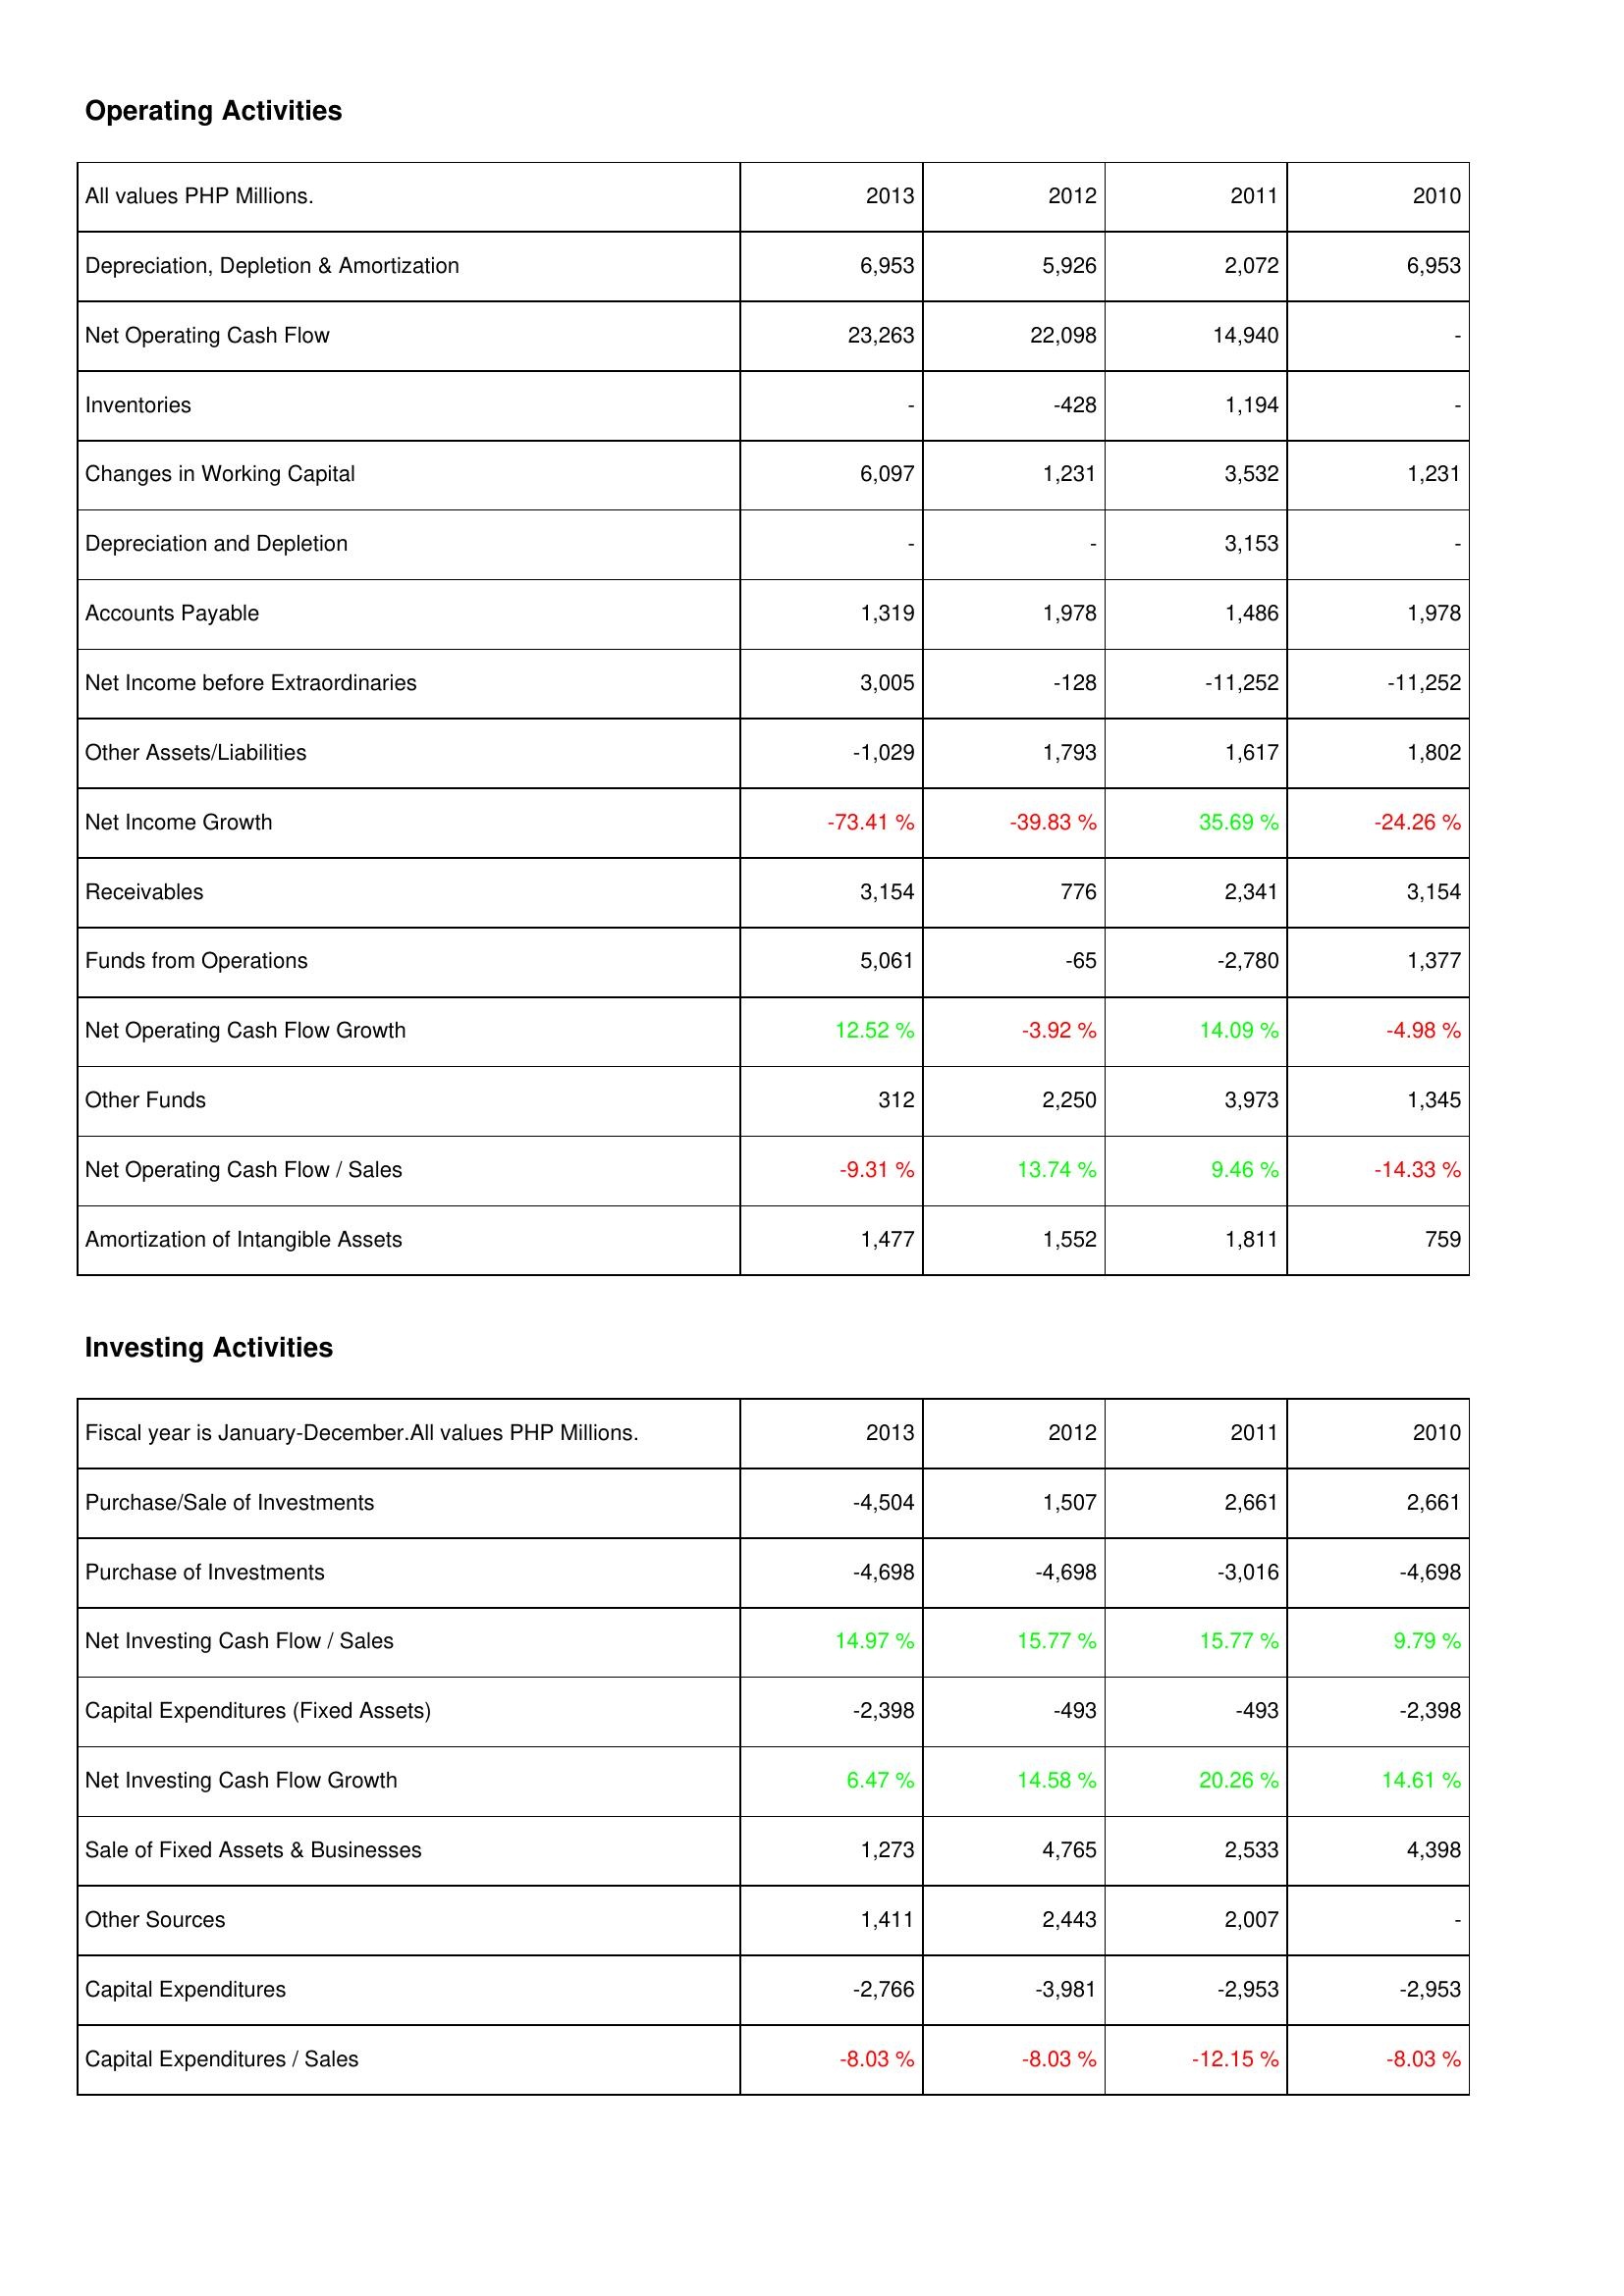
2013: Operating Activities: Depreciation, Depletion & Amortization: 6,953
Net Operating Cash Flow: 23,263
Inventories: -
Changes in Working Capital: 6,097
Depreciation and Depletion: -
Accounts Payable: 1,319
Net Income before Extraordinaries: 3,005
Other Assets/Liabilities: -1,029
Net Income Growth: -73.41 %
Receivables: 3,154
Funds from Operations: 5,061
Net Operating Cash Flow Growth: 12.52 %
Other Funds: 312
Net Operating Cash Flow / Sales: -9.31 %
Amortization of Intangible Assets: 1,477
Investing Activities: Purchase/Sale of Investments: -4,504
Purchase of Investments: -4,698
Net Investing Cash Flow / Sales: 14.97 %
Capital Expenditures (Fixed Assets): -2,398
Net Investing Cash Flow Growth: 6.47 %
Sale of Fixed Assets & Businesses: 1,273
Other Sources: 1,411
Capital Expenditures: -2,766
Capital Expenditures / Sales: -8.03 %
2012: Operating Activities: Depreciation, Depletion & Amortization: 5,926
Net Operating Cash Flow: 22,098
Inventories: -428
Changes in Working Capital: 1,231
Depreciation and Depletion: -
Accounts Payable: 1,978
Net Income before Extraordinaries: -128
Other Assets/Liabilities: 1,793
Net Income Growth: -39.83 %
Receivables: 776
Funds from Operations: -65
Net Operating Cash Flow Growth: -3.92 %
Other Funds: 2,250
Net Operating Cash Flow / Sales: 13.74 %
Amortization of Intangible Assets: 1,552
Investing Activities: Purchase/Sale of Investments: 1,507
Purchase of Investments: -4,698
Net Investing Cash Flow / Sales: 15.77 %
Capital Expenditures (Fixed Assets): -493
Net Investing Cash Flow Growth: 14.58 %
Sale of Fixed Assets & Businesses: 4,765
Other Sources: 2,443
Capital Expenditures: -3,981
Capital Expenditures / Sales: -8.03 %
2011: Operating Activities: Depreciation, Depletion & Amortization: 2,072
Net Operating Cash Flow: 14,940
Inventories: 1,194
Changes in Working Capital: 3,532
Depreciation and Depletion: 3,153
Accounts Payable: 1,486
Net Income before Extraordinaries: -11,252
Other Assets/Liabilities: 1,617
Net Income Growth: 35.69 %
Receivables: 2,341
Funds from Operations: -2,780
Net Operating Cash Flow Growth: 14.09 %
Other Funds: 3,973
Net Operating Cash Flow / Sales: 9.46 %
Amortization of Intangible Assets: 1,811
Investing Activities: Purchase/Sale of Investments: 2,661
Purchase of Investments: -3,016
Net Investing Cash Flow / Sales: 15.77 %
Capital Expenditures (Fixed Assets): -493
Net Investing Cash Flow Growth: 20.26 %
Sale of Fixed Assets & Businesses: 2,533
Other Sources: 2,007
Capital Expenditures: -2,953
Capital Expenditures / Sales: -12.15 %
2010: Operating Activities: Depreciation, Depletion & Amortization: 6,953
Net Operating Cash Flow: -
Inventories: -
Changes in Working Capital: 1,231
Depreciation and Depletion: -
Accounts Payable: 1,978
Net Income before Extraordinaries: -11,252
Other Assets/Liabilities: 1,802
Net Income Growth: -24.26 %
Receivables: 3,154
Funds from Operations: 1,377
Net Operating Cash Flow Growth: -4.98 %
Other Funds: 1,345
Net Operating Cash Flow / Sales: -14.33 %
Amortization of Intangible Assets: 759
Investing Activities: Purchase/Sale of Investments: 2,661
Purchase of Investments: -4,698
Net Investing Cash Flow / Sales: 9.79 %
Capital Expenditures (Fixed Assets): -2,398
Net Investing Cash Flow Growth: 14.61 %
Sale of Fixed Assets & Businesses: 4,398
Other Sources: -
Capital Expenditures: -2,953
Capital Expenditures / Sales: -8.03 %